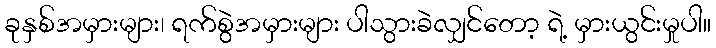
ခုနှစ်အမှားများ၊ ရက်စွဲအမှားများ ပါသွားခဲလျှင်တော့ ရဲ့ မှားယွင်းမှုပါ။